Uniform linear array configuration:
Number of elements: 48
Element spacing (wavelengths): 1
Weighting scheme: hamming
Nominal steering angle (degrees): -30
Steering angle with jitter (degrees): -31.182
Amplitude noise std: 0.05
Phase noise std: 0.05

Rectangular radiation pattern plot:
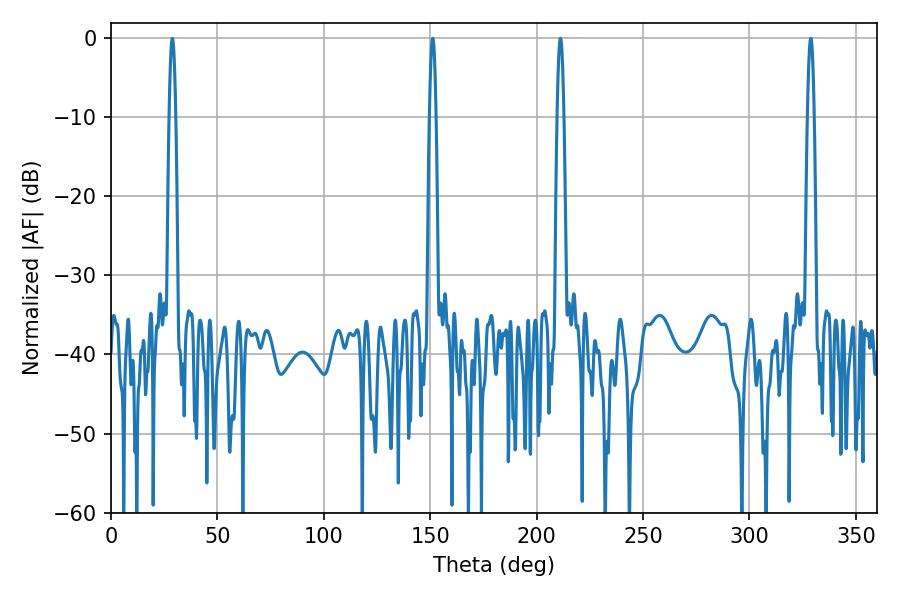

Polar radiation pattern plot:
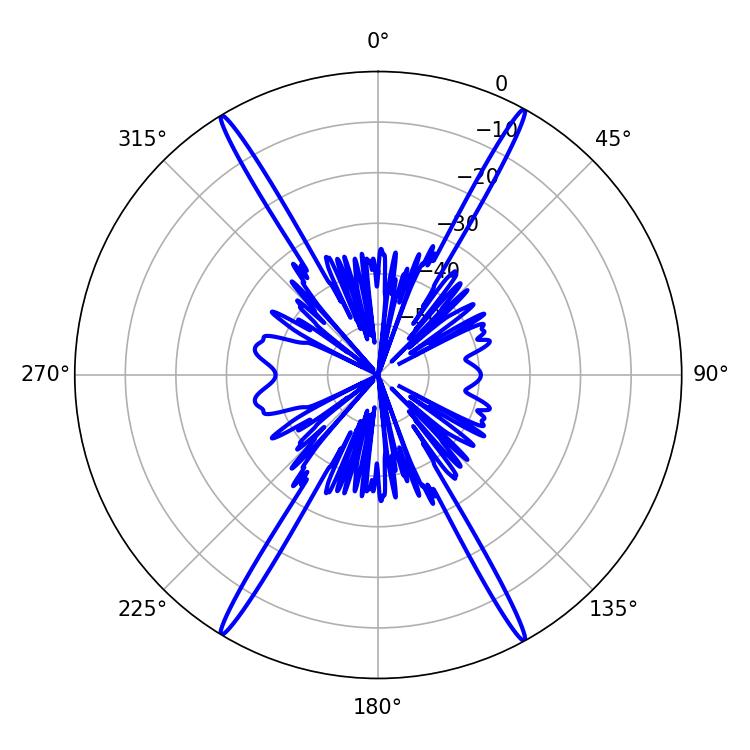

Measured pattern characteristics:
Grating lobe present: TRUE
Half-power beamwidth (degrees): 1.62
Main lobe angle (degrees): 28.8